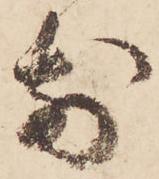
前